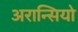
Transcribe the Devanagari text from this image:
अरान्सियो